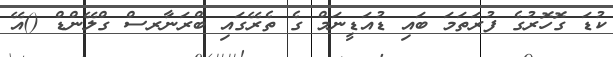
ކުޑަ ގޮހޮރުގެ ފުރަތަމަ ބައި ޑުއަޑީނަމް ގެ ތެރޭގައި ބްރަނާރސް ގްލޭންޑް ()އޭ